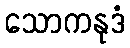
သောကနုဒံ